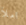
املأ